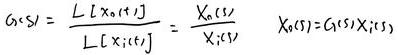
$G_{x}(s)=\frac{L[x_{0}(t)]}{L[x_{i}(t)]}=\frac{X_{0}(s)}{X_{i}(s)}\quad X_{0}(s)=G_{x}(s)X_{i}(s)$